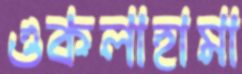
ওকলাহামা